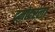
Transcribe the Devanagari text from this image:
दमोदरला